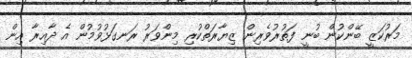
މަރުކަޒީ ބޭންކުން ބުނީ ފަތުރުވެރިން ޒިޔާރަތްކުރި މިންވަރު ރަނގަޅުވުމުން އެ ދާއިރާ އިން